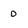
Character: 0